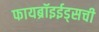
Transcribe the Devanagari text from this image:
फायब्रॉइईड्‌सची